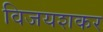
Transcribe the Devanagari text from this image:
विजयशकर